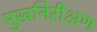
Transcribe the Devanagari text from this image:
मुखनिरीक्षण